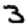
Digit: 3